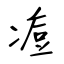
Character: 痘